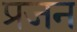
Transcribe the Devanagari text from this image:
प्रजन